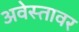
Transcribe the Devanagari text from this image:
अवेस्तावर